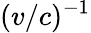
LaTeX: (v/c)^{-1}